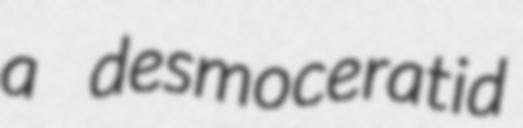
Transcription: a desmoceratid